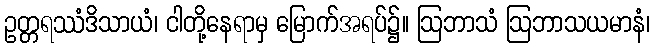
ဥတ္တရဿံဒိသာယံ၊ ငါတို့နေရာမှ မြောက်အရပ်၌။ ဩဘာသံ ဩဘာသယမာနံ၊